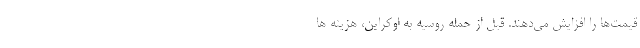
قیمت‌ها را افزایش می‌دهند. قبل از حمله روسیه به اوکراین، هزینه ها